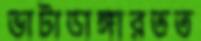
ভাটাডাঙ্গারতত